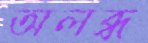
অলব্ধ